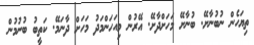
ތިޔަހެން ނުބުނާށޭ. ބުނާށޭ މަހަށްދާށޭ. އޭރުން މިއަހަންމަދު މަހަށް ދާނަމޭ. ކަތީބު ބުނުމުން